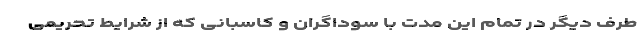
طرف دیگر در تمام این مدت با سوداگران و کاسبانی که از شرایط تحریمی